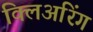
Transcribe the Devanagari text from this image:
क्लिअरिंग